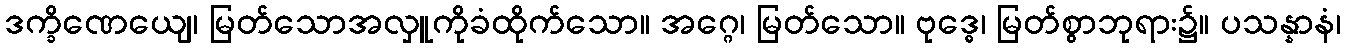
ဒက္ခိဏေယျေ၊ မြတ်သောအလှူကိုခံထိုက်သော။ အဂ္ဂေ၊ မြတ်သော။ ဗုဒ္ဓေ၊ မြတ်စွာဘုရား၌။ ပသန္နာနံ၊